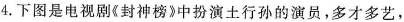
4.下图是电视剧《封神榜》中扮演土行孙的演员，多才多艺，